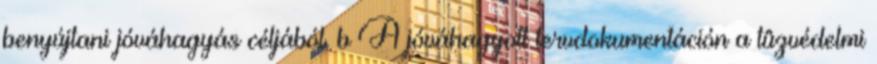
benyújtani jóváhagyás céljából. b A jóváhagyott tervdokumentáción a tûzvédelmi